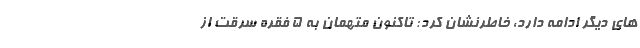
های دیگر ادامه دارد، خاطرنشان کرد: تاکنون متهمان به 5 فقره سرقت از